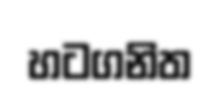
හටගනිත